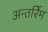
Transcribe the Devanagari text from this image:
अन्तर्रिम